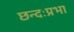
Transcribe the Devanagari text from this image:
छन्दःप्रभा